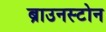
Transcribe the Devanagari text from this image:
ब्राउनस्टोन